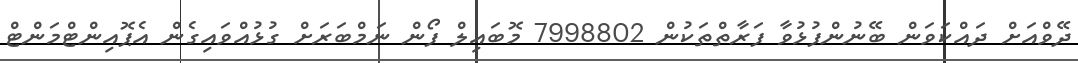
ދޭވްއަށް ދައްކަވަން ބޭނުންފުޅުވާ ފަރާތްތަކުން 7998802 މޮބައިލް ފޯން ނަމްބަރަށް ގުޅުއްވައިގެން އެޕޮއިންޓްމަންޓް